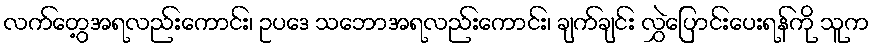
လက်တွေ့အရလည်းကောင်း၊ ဥပဒေ သဘောအရလည်းကောင်း၊ ချက်ချင်း လွှဲပြောင်းပေးရန်ကို သူက